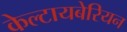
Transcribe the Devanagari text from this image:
केल्टायबेरियन